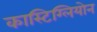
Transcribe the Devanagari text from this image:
कास्टिग्लियोन